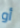
أو